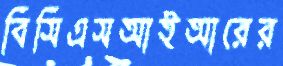
বিসিএসআইআরের